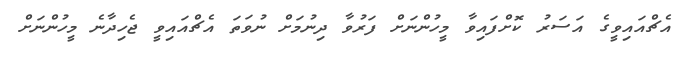
އެޗްއައިވީގެ އަސަރު ކޮށްފައިވާ މީހުންނަށް ފަރުވާ ދިނުމަށް ނުވަތަ އެޗްއައިވީ ޖެހިދާނެ މީހުންނަށް